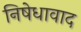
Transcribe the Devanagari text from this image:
निषेधावाद